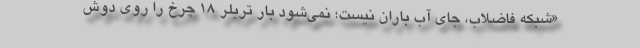
«شبكه فاضلاب، جاي آب باران نيست؛ نمي‌شود بار تريلر ۱۸ چرخ را روي دوش